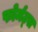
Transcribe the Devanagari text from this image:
फोर्मट्स